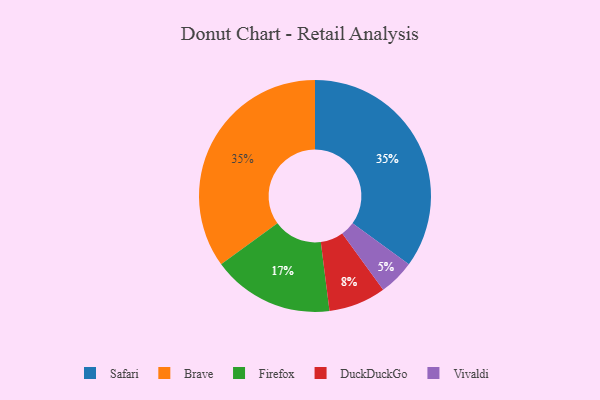
{"axis": {"x": "Category", "y": "Percentage"}, "legend": ["Brave", "DuckDuckGo", "Firefox", "Safari", "Vivaldi"], "data": [{"x": "DuckDuckGo", "y": 8, "type": "DuckDuckGo"}, {"x": "Vivaldi", "y": 5, "type": "Vivaldi"}, {"x": "Firefox", "y": 17, "type": "Firefox"}, {"x": "Safari", "y": 35, "type": "Safari"}, {"x": "Brave", "y": 35, "type": "Brave"}]}